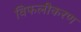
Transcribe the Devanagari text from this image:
विफलीकरण